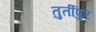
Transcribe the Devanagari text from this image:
तुर्तीपुर